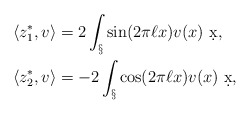
\begin{align*}\langle z_1^*, v \rangle &= 2 \int_\S \sin(2\pi \ell x) v(x) \ \d x,\\\langle z_2^*, v \rangle &= -2 \int_\S \cos(2\pi \ell x) v(x) \ \d x,\end{align*}